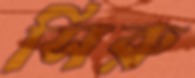
সিরু